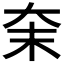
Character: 㭐